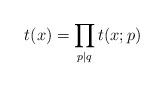
LaTeX: \begin{align*}t(x)=\prod_{p|q}t(x;p)\end{align*}